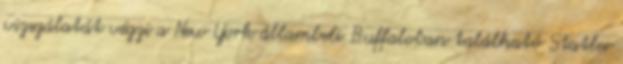
vizsgálatát végzi a New York állambeli Buffaloban található Statler